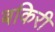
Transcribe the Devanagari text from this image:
बकिरी